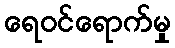
ရေဝင်ရောက်မှု